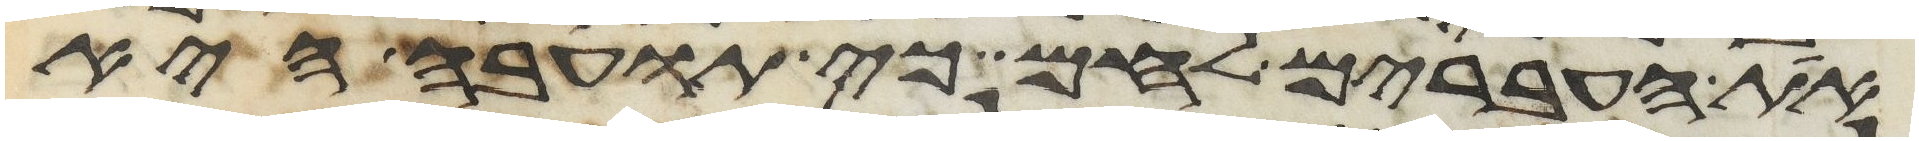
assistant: את העברים לחם כי תועבה היא